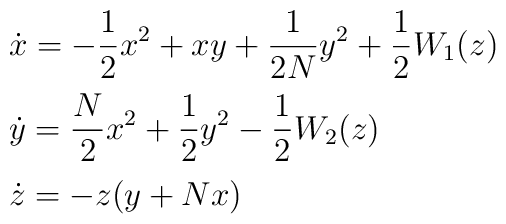
\begin{array}{l}{\displaystyle\dot{x} = - \frac{1}{2} x^2 + x y + \frac{1}{2N} y^2+ \frac{1}{2} W_1(z) } \vspace{2mm}\\{\displaystyle\dot{y} = \frac{N}{2} x^2 + \frac{1}{2} y^2- \frac{1}{2} W_2(z) }\vspace{2mm}\\\dot{z} = - z (y + N x)\end{array}